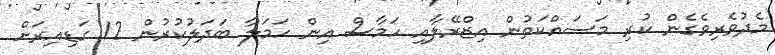
މެދުވެރިވެގެން ކުރި މަސައްކަތުން އިޒްރޭލާއި ހަމާސް އިން ހަމަލާ ބަދަލުކުރުން 12 ގަޑިއިރަށް